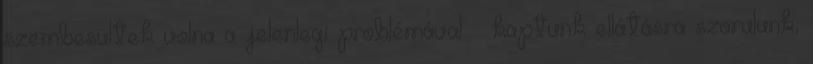
szembesültek volna a jelenlegi problémával – kaptunk ellátásra szorulunk,